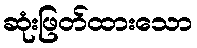
ဆုံးဖြတ်ထားသော